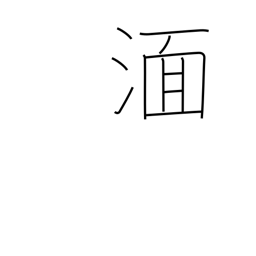
Meaning: be immersed